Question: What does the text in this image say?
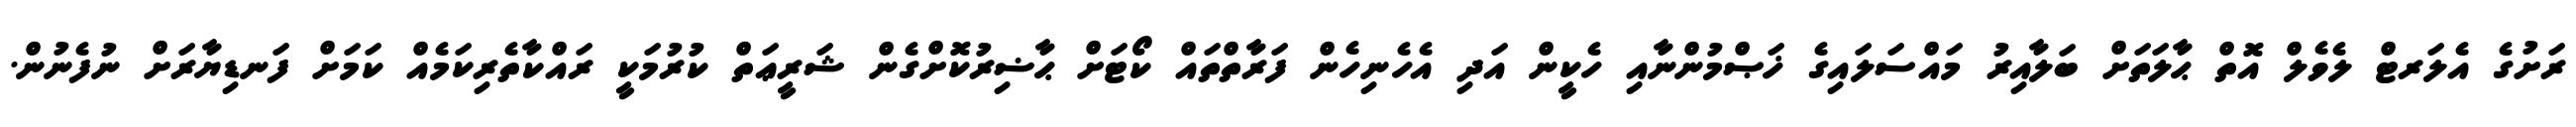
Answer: ރަށުގެ އެލަރޓް ލެވެލް އޮތް ޙާލަތަށް ބަލާއިރު މައްސަލައިގެ ޚަޞްމުންނާއި ހެކީން އަދި އެހެނިހެން ފަރާތްތައް ކޯޓަށް ޙާޟިރުކޮށްގެން ޝަރީޢަތް ކުރުމަކީ ރައްކާތެރިކަމެއް ކަމަށް ފަނޑިޔާރަށް ނުފެނުން.